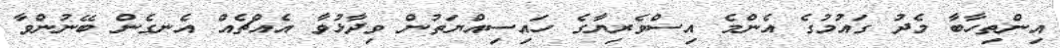
އިންތިހާބާ މެދު ގައުމުގެ އެންމެ އިސްވެރިޔާގެ ހައިސިއްޔަތުން ވިދާޅުވާ އެއްޗެއް އެނގެން ބޭނުންވާ